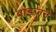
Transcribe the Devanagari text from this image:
वाइज़ने